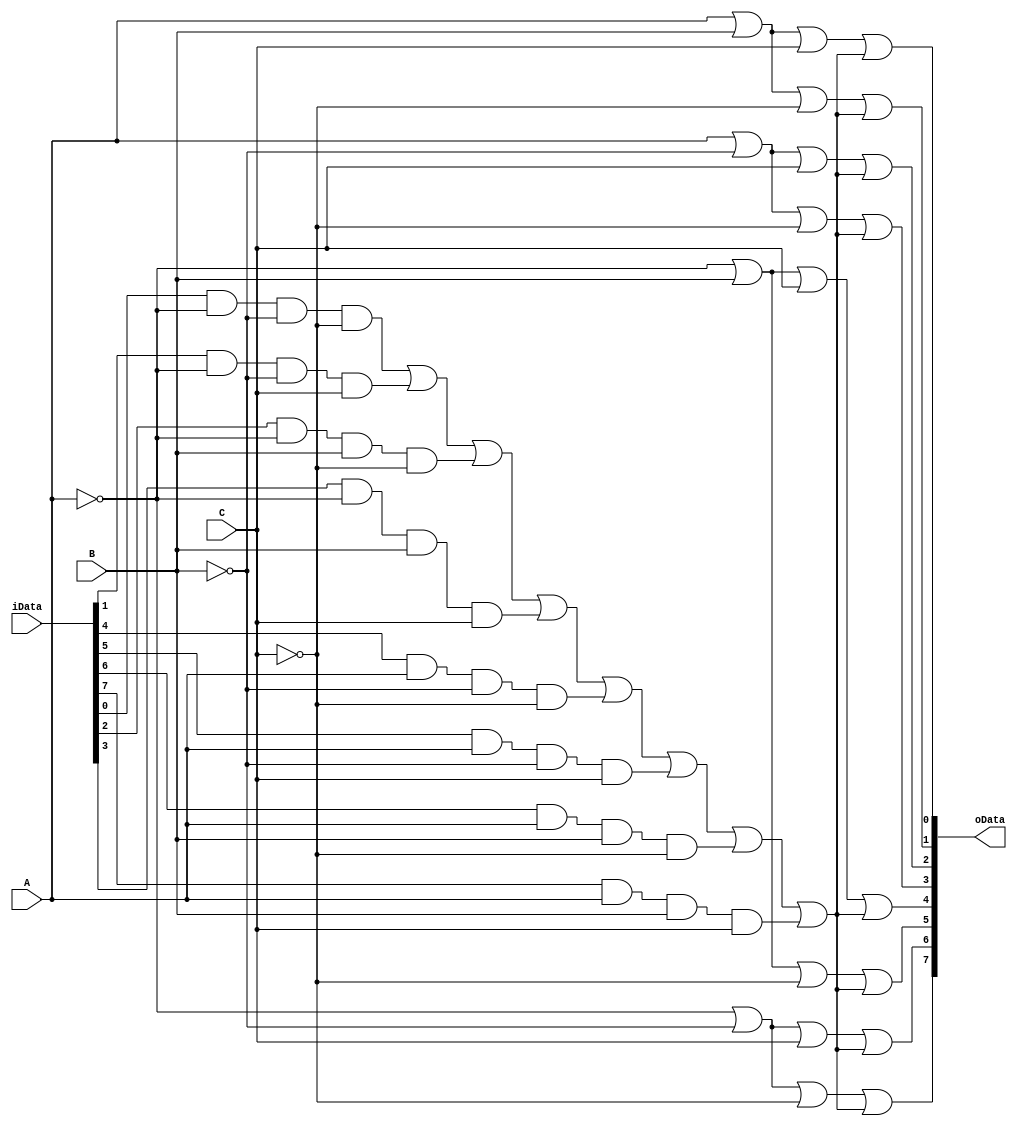
`timescale 1ns / 1ps
//////////////////////////////////////////////////////////////////////////////////
// Company: 
// Engineer: 
// 
// Design Name: 
// Module Name: transmission8
// Project Name: 
// Target Devices: 
// Tool Versions: 
// Description: 
// 
// Dependencies: 
// 
// Revision:
// Revision 0.01 - File Created
// Additional Comments:
// 
//////////////////////////////////////////////////////////////////////////////////


module transmission8(
    input [7:0] iData,
    input A,
    input B,
    input C,
    output [7:0] oData
    );
    assign oData[7]=~A|~B|~C|(iData[0]&~A&~B&~C|iData[1]&~A&~B&C|iData[2]&~A&B&~C|iData[3]&~A&B&C|iData[4]&A&~B&~C|iData[5]&A&~B&C|iData[6]&A&B&~C|iData[7]&A&B&C);
    assign oData[6]=~A|~B|C|(iData[0]&~A&~B&~C|iData[1]&~A&~B&C|iData[2]&~A&B&~C|iData[3]&~A&B&C|iData[4]&A&~B&~C|iData[5]&A&~B&C|iData[6]&A&B&~C|iData[7]&A&B&C);
    assign oData[5]=~A|B|~C|(iData[0]&~A&~B&~C|iData[1]&~A&~B&C|iData[2]&~A&B&~C|iData[3]&~A&B&C|iData[4]&A&~B&~C|iData[5]&A&~B&C|iData[6]&A&B&~C|iData[7]&A&B&C);
    assign oData[4]=~A|B|C|(iData[0]&~A&~B&~C|iData[1]&~A&~B&C|iData[2]&~A&B&~C|iData[3]&~A&B&C|iData[4]&A&~B&~C|iData[5]&A&~B&C|iData[6]&A&B&~C|iData[7]&A&B&C);
    assign oData[3]=A|~B|~C|(iData[0]&~A&~B&~C|iData[1]&~A&~B&C|iData[2]&~A&B&~C|iData[3]&~A&B&C|iData[4]&A&~B&~C|iData[5]&A&~B&C|iData[6]&A&B&~C|iData[7]&A&B&C);
    assign oData[2]=A|~B|C|(iData[0]&~A&~B&~C|iData[1]&~A&~B&C|iData[2]&~A&B&~C|iData[3]&~A&B&C|iData[4]&A&~B&~C|iData[5]&A&~B&C|iData[6]&A&B&~C|iData[7]&A&B&C);
    assign oData[1]=A|B|~C|(iData[0]&~A&~B&~C|iData[1]&~A&~B&C|iData[2]&~A&B&~C|iData[3]&~A&B&C|iData[4]&A&~B&~C|iData[5]&A&~B&C|iData[6]&A&B&~C|iData[7]&A&B&C);
    assign oData[0]=A|B|C|(iData[0]&~A&~B&~C|iData[1]&~A&~B&C|iData[2]&~A&B&~C|iData[3]&~A&B&C|iData[4]&A&~B&~C|iData[5]&A&~B&C|iData[6]&A&B&~C|iData[7]&A&B&C);
    
endmodule